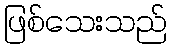
ဖြစ်သေးသည်